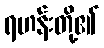
ရဟန်းတို့၏